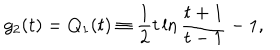
LaTeX: g _ { 2 } ( t ) = Q _ { 1 } ( t ) \equiv { \frac { 1 } { 2 } } t \ln { \frac { t + 1 } { t - 1 } } - 1 ,